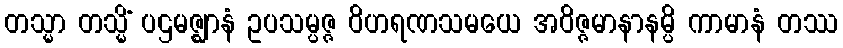
တသ္မာ တသ္မိံ ပဌမဇ္ဈာနံ ဥပသမ္ပဇ္ဇ ဝိဟရဏသမယေ အဝိဇ္ဇမာနာနမ္ပိ ကာမာနံ တဿ